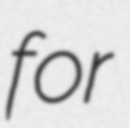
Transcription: for